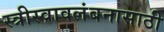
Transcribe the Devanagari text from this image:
स्त्रीस्वावलंबनासाठी